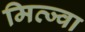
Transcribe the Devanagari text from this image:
मित्ज्वा